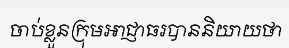
ចាប់ខ្លួនក្រុមអាជ្ញាធរបាននិយាយថា